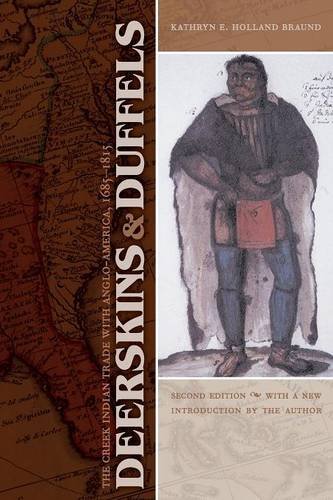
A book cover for Deerskins and Duffels: The Creek Indian Trade with Anglo-America, 1685-1815, Second Edition (Indians of the Southeast); Kathryn E. Holland Braund; Business & Money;